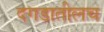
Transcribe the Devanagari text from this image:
दगडातीलच